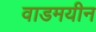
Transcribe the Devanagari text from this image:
वाडमयीन